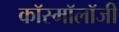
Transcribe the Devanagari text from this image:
कॉस्मॉलॉजी